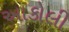
આકોલી